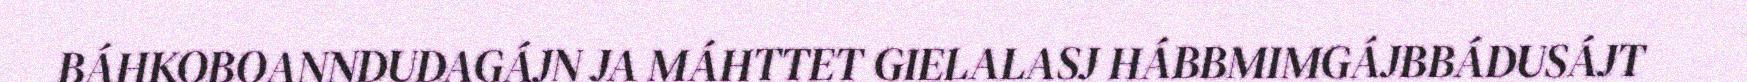
BÁHKOBOANNDUDAGÁJN JA MÁHTTET GIELALASJ HÁBBMIMGÁJBBÁDUSÁJT